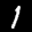
Label: 1